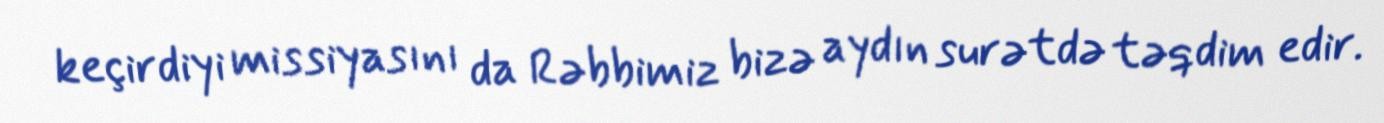
keçirdiyi missiyasını da Rəbbimiz bizə aydın surətdə təqdim edir.